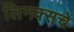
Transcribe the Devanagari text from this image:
लिनक्सचे